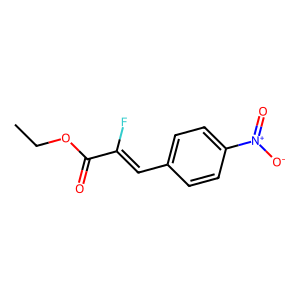
SMILES: CCOC(=O)C(F)=Cc1ccc([N+](=O)[O-])cc1
Inhibits HIV replication: No